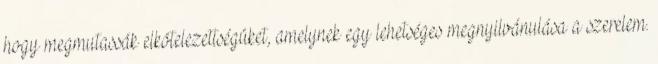
hogy megmutassák elkötelezettségüket, amelynek egy lehetséges megnyilvánulása a szerelem.